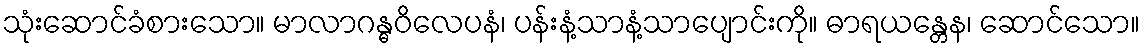
သုံးဆောင်ခံစားသော။ မာလာဂန္ဓဝိလေပနံ၊ ပန်းနံ့သာနံ့သာပျောင်းကို။ ဓာရယန္တေန၊ ဆောင်သော။